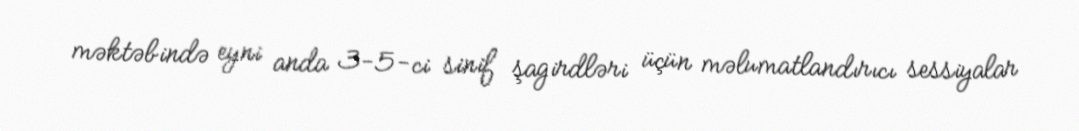
məktəbində eyni anda 3-5-ci sinif şagirdləri üçün məlumatlandırıcı sessiyalar